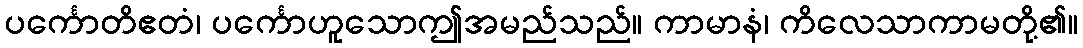
ပင်္ကောတိဧတံ၊ ပင်္ကောဟူသောဤအမည်သည်။ ကာမာနံ၊ ကိလေသာကာမတို့၏။